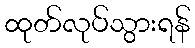
ထုတ်လုပ်သွားရန်